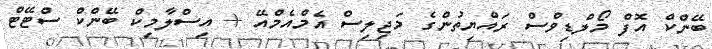
ބޭންކް އޮފް މޯލްޑިވްސް ރައްޔިތުންގެ މަޖިލިސް އެމްއެމްއޭ + އިސްލާމިކް ބޭންކް ސްޓޭޓް